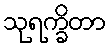
သုရက္ခိတာ